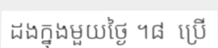
ដងក្នុងមួយថ្ងៃ ។៨  ប្រើ